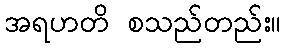
အရဟတိ စသည်တည်း။